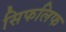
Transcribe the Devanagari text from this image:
सिफलिफ